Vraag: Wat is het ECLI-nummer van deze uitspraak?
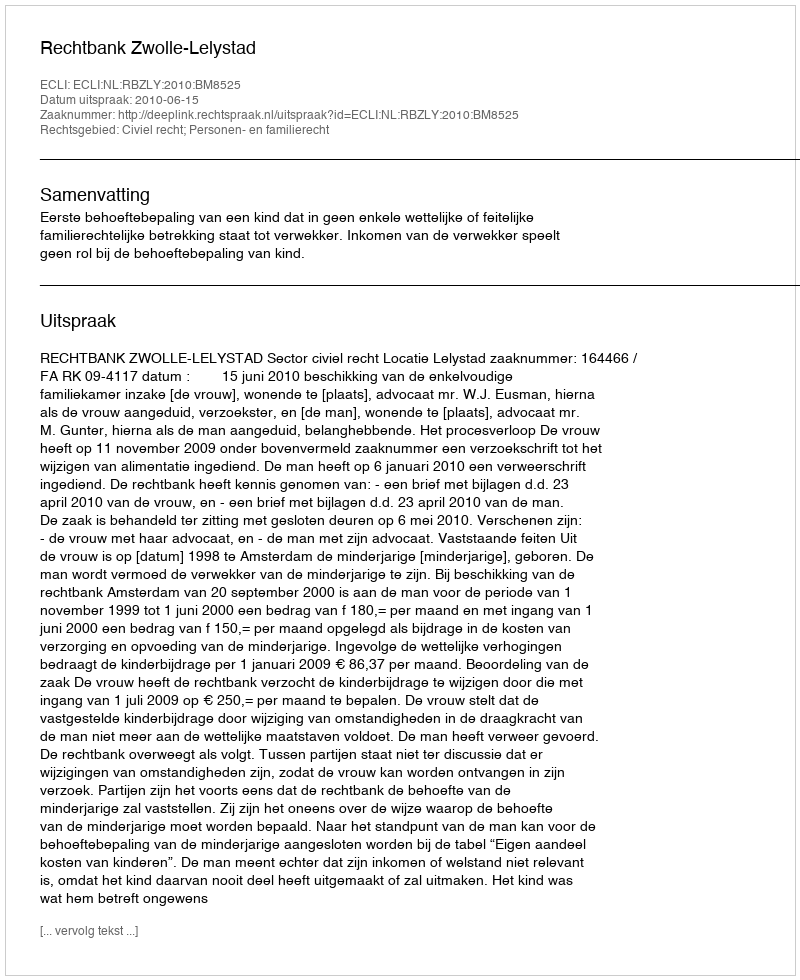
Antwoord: ECLI:NL:RBZLY:2010:BM8525